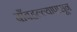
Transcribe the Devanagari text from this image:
बाँबहल्ल्यापासून